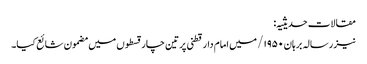
مقالات حدیثیہ:
نیز رسالہ برہان ۱۹۵۰/ میں امام دارقطنی پر تین چار قسطوں میں مضمون شائع کیا۔